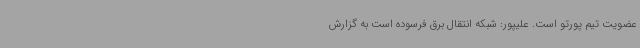
عضویت تیم پورتو است. علیپور: شبکه انتقال برق فرسوده است به گزارش